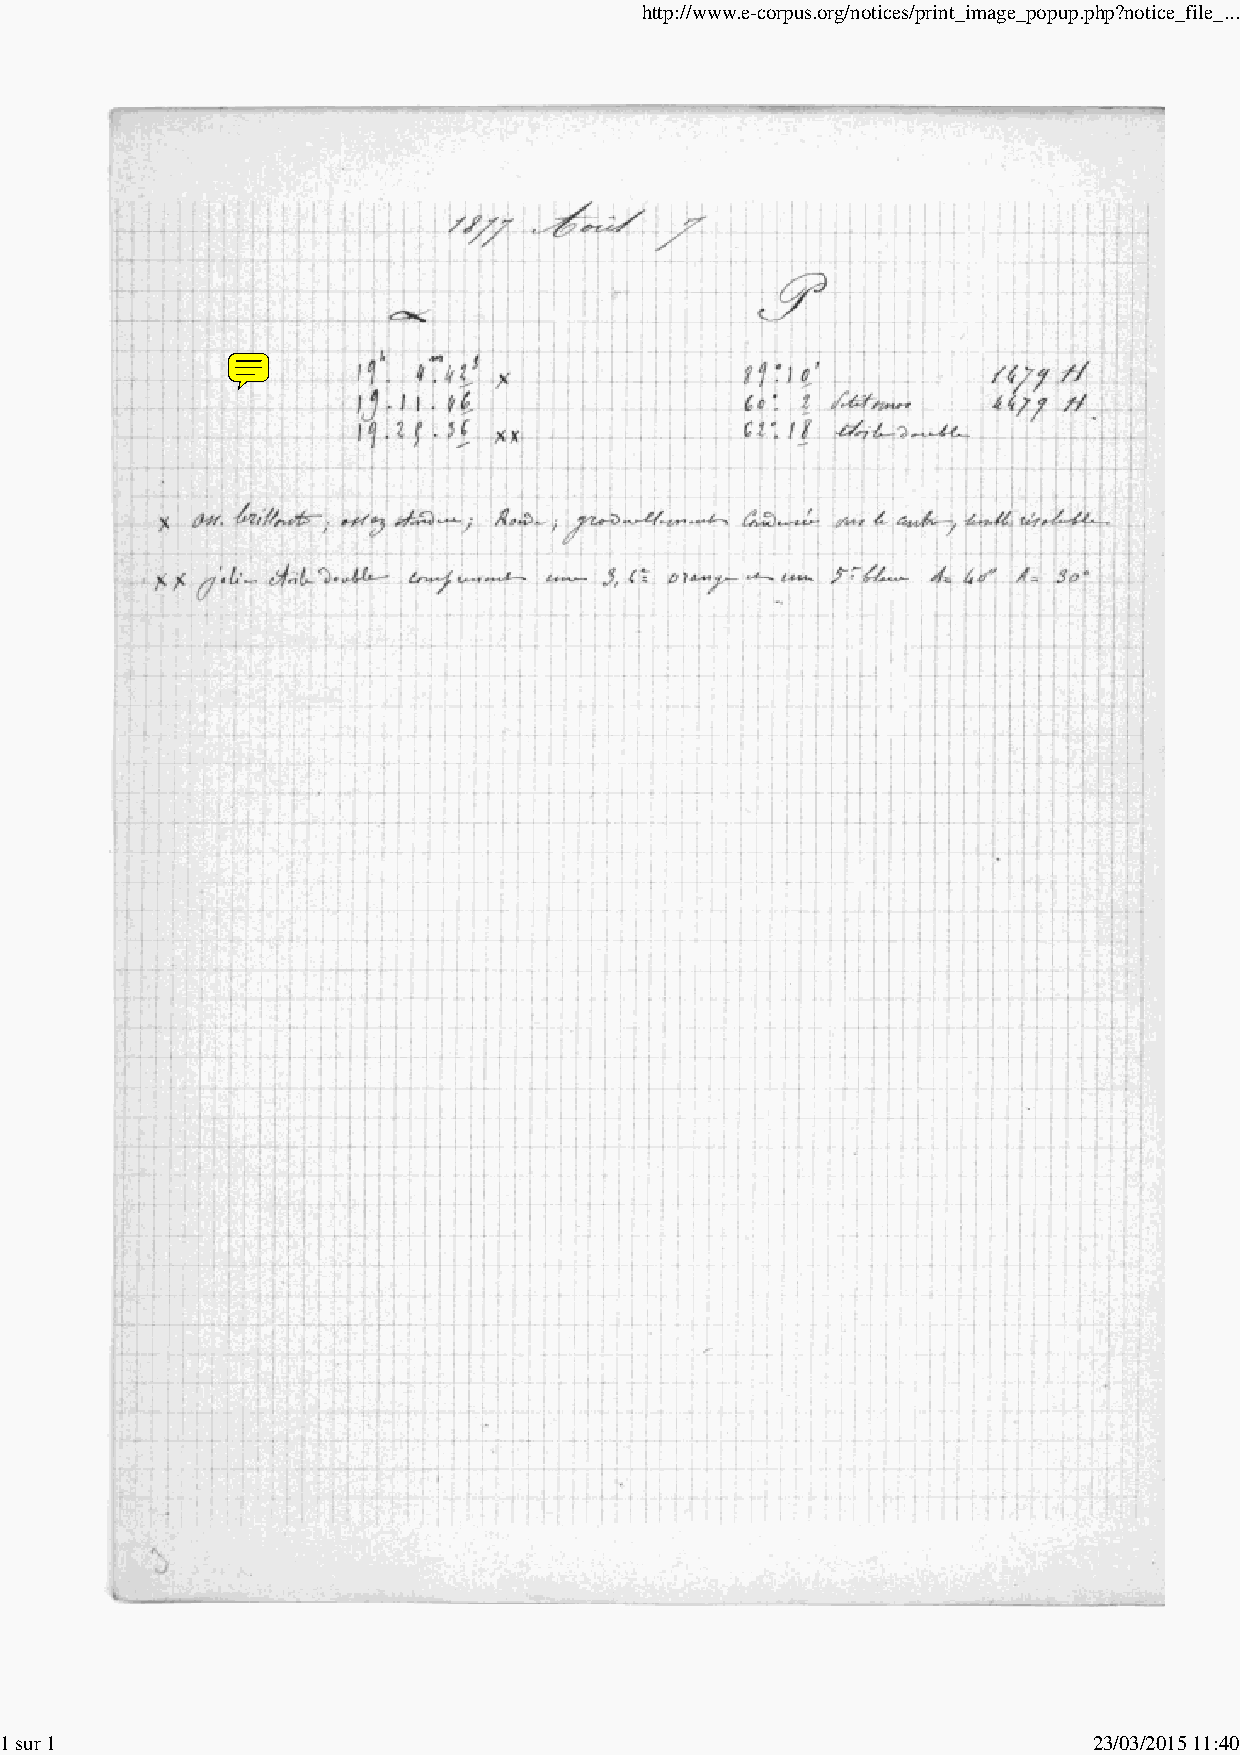
http://www.e-corpus.org/notices/print_image_popup.php?notice_file_...
 1 sur 1                                                                 23/03/2015 11:40